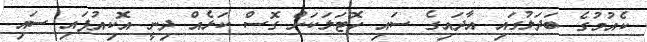
ކެއުމުގެ ބަދަލުގައި އާދައިގެ ސައި ހޮޓަލަކަށް ގޮސް ކަޅެއް ދިނީ އޮކިއުޕައި ސައި